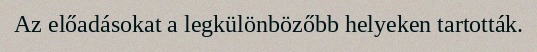
Az előadásokat a legkülönbözőbb helyeken tartották.